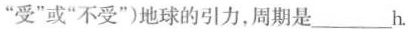
“受”或“不受”)地球的引力，周期是___h.